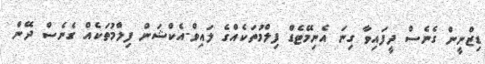
ޑިޒްނީން ގެނެސް ދީފައިވާ ގިނަ އެނިމޭޓެޑް ފިލްމުތަކެއްގެ ލައިވް-އެކްޝަން ފިލްމުތަކެއް ގެނެސް ދޭން